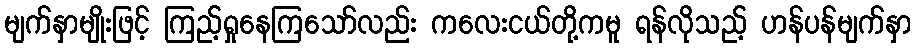
မျက်နှာမျိုးဖြင့် ကြည့်ရှုနေကြသော်လည်း ကလေးငယ်တို့ကမူ ရန်လိုသည့် ဟန်ပန်မျက်နှာ